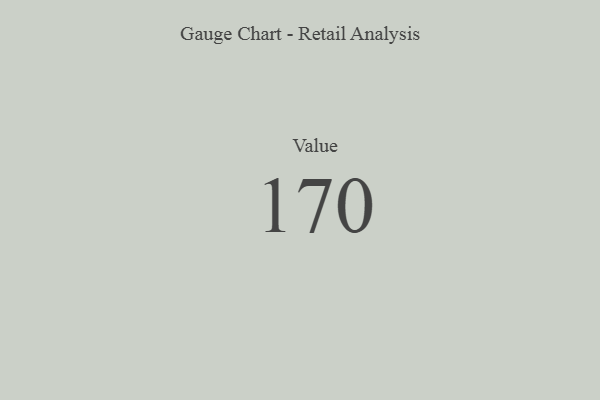
{"axis": {"x": "Metric", "y": "Value"}, "legend": [""], "data": [{"x": "Value", "y": 170, "type": ""}]}